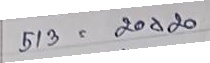
513 = 20 x 20